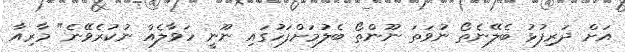
އަށް ދަރިފުޅު ބެލޭނެތޯ ނުވަތަ ނޫންތޯ ބެލުމަށްފަހުގައި ނޫނީ ހަވާލެއް ނުކުރެވޭނެ" މާރިއާ